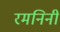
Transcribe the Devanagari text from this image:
रमनिनी